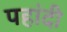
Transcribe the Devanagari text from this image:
पहांदी